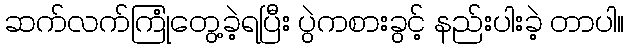
ဆက်လက်ကြုံတွေ့ခဲ့ရပြီး ပွဲကစားခွင့် နည်းပါးခဲ့ တာပါ။